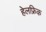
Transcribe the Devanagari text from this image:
हेलफ्रिक